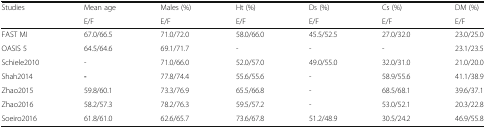
<table><thead><tr><td><b>Studies</b></td><td><b>Mean age</b></td><td><b>Males (%)</b></td><td><b>Ht (%)</b></td><td><b>Ds (%)</b></td><td><b>Cs (%)</b></td><td><b>DM (%)</b></td></tr><tr><td></td><td><b>E/F</b></td><td><b>E/F</b></td><td><b>E/F</b></td><td><b>E/F</b></td><td><b>E/F</b></td><td><b>E/F</b></td></tr></thead><tbody><tr><td>FAST MI</td><td>67.0/66.5</td><td>71.0/72.0</td><td>58.0/66.0</td><td>45.5/52.5</td><td>27.0/32.0</td><td>23.0/25.0</td></tr><tr><td>OASIS 5</td><td>64.5/64.6</td><td>69.1/71.7</td><td>-</td><td>-</td><td>-</td><td>23.1/23.5</td></tr><tr><td>Schiele2010</td><td>-</td><td>71.0/66.0</td><td>52.0/57.0</td><td>49.0/55.0</td><td>32.0/31.0</td><td>21.0/20.0</td></tr><tr><td>Shah2014</td><td><b>-</b></td><td>77.8/74.4</td><td>55.6/55.6</td><td>-</td><td>58.9/55.6</td><td>41.1/38.9</td></tr><tr><td>Zhao2015</td><td>59.8/60.1</td><td>73.3/76.9</td><td>65.5/66.8</td><td>-</td><td>68.5/68.1</td><td>39.6/37.1</td></tr><tr><td>Zhao2016</td><td>58.2/57.3</td><td>78.2/76.3</td><td>59.5/57.2</td><td>-</td><td>53.0/52.1</td><td>20.3/22.8</td></tr><tr><td>Soeiro2016</td><td>61.8/61.0</td><td>62.6/65.7</td><td>73.6/67.8</td><td>51.2/48.9</td><td>30.5/24.2</td><td>46.9/55.8</td></tr></tbody></table>